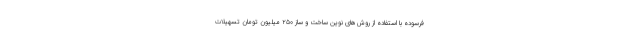
فرسوده با استفاده از روش‌های نوین ساخت و ساز ۲۵۰ میلیون تومان تسهیلات